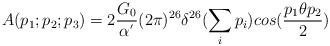
LaTeX: \begin{align*}A(p_1;p_2;p_3)=2\frac{G_0}{\alpha^{'}}(2\pi)^{26}\delta^{26}(\sum_i p_i) cos(\frac{p_1\theta p_2}{2})\end{align*}